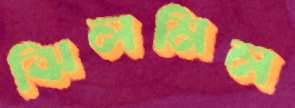
ঝিলমিল